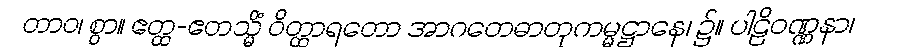
တာဝ၊ စွာ။ ဧတ္ထ-ဧတသ္မိံ ဝိတ္ထာရတော အာဂတေဓာတုကမ္မဋ္ဌာနေ၊ ၌။ ပါဠိဝဏ္ဏနာ၊